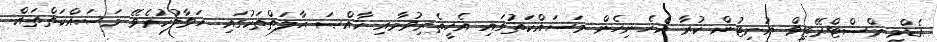
އެޑްމިންސްޓްރޭޓިވް ޔުނިޓުން ކުރާ އެހެނިހެން މަސައްކަތުގައި އެހީތެރިވުމާއި ޚާއްޞަ ޙާލަތްތަކުގައި ހަވާލުކުރެވޭ މަސައްކަތްތައް